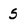
Character: 5